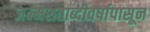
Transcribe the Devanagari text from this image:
जन्मशताब्दीवर्षापासून